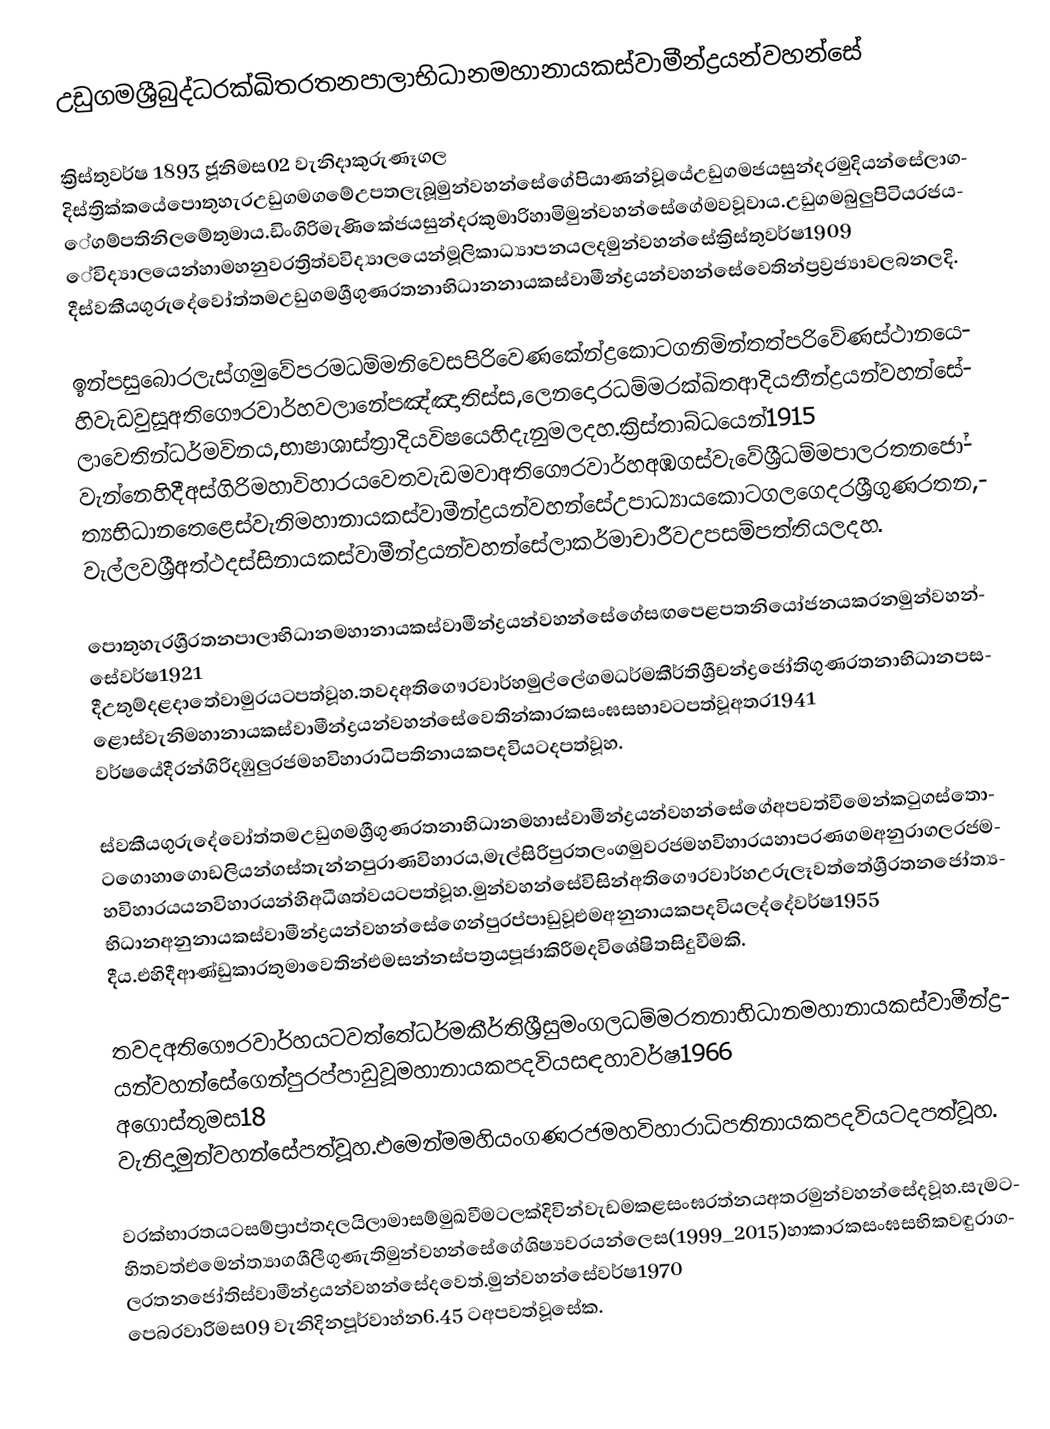
උඩුගමශ්‍රීබුද්ධරක්ඛිතරතනපාලාභිධානමහානායකස්වාමීන්ද්‍රයන්වහන්සේ

          ක්‍රිස්තුවර්ෂ  1893 ජූනිමස02 වැනිදාකුරුණෑගල  දිස්ත්‍රික්කයේපොතුහැරඋඩුගමගමේඋපතලැබූමුන්වහන්සේගේපියාණන්වූයේඋඩුගමජයසුන්දරමුදියන්සේලාගේගම්පතිනිලමේතුමාය.ඩිංගිරිමැණිකේජයසුන්දරකුමාරිහාමිමුන්වහන්සේගේමවවූවාය.උඩුගමබුලුපිටියරජයේවිද්‍යාලයෙන්හාමහනුවරත්‍රිත්වවිද්‍යාලයෙන්මූලිකාධ්‍යාපනයලදමුන්වහන්සේක්‍රිස්තුවර්ෂ1909 දීස්වකීයගුරුදේවෝත්තමඋඩුගමශ්‍රීගුණරතනාභිධානනායකස්වාමීන්ද්‍රයන්වහන්සේවෙතින්ප්‍රව්‍රජ්‍යාවලබනලදි.

                      ඉන්පසුබොරලැස්ගමුවේපරමධම්මනිවෙසපිරිවෙණකේන්ද්‍රකොටගනිමින්තත්පරිවේණස්ථානයෙහිවැඩවුසූඅතිගෞරවාර්හවලානේපඤ්ඤාතිස්ස,ලෙනදොරධම්මරක්ඛිතආදියතීන්ද්‍රයන්වහන්සේලාවෙතින්ධර්මවිනය,භාෂාශාස්ත්‍රාදියවිෂයෙහිදැනුමලදහ.ක්‍රිස්තාබ්ධයෙන්1915 වැන්නෙහිදීඅස්ගිරිමහාවිහාරයවෙතවැඩමවාඅතිගෞරවාර්හඅඹගස්වැවේශ්‍රීධම්මපාලරතනජෝත්‍යභිධානතෙළෙස්වැනිමහානායකස්වාමීන්ද්‍රයන්වහන්සේඋපාධ්‍යායකොටගලගෙදරශ්‍රීගුණරතන,වැල්ලවශ්‍රීඅත්ථදස්සිනායකස්වාමීන්ද්‍රයන්වහන්සේලාකර්මාචාරීවඋපසම්පත්තියලදහ.

    පොතුහැරශ්‍රීරතනපාලාභිධානමහානායකස්වාමීන්ද්‍රයන්වහන්සේගේසඟපෙළපතනියෝජනයකරනමුන්වහන්සේවර්ෂ1921 දීඋතුම්දළදාතේවාමුරයටපත්වූහ.තවදඅතිගෞරවාර්හමුල්ලේගමධර්මකීර්තිශ්‍රීචන්ද්‍රජෝතිගුණරතනාභිධානපසළොස්වැනිමහානායකස්වාමීන්ද්‍රයන්වහන්සේවෙතින්කාරකසංඝසභාවටපත්වූඅතර1941 වර්ෂයේදීරන්ගිරිදඹුලුරජමහවිහාරාධිපතිනායකපදවියටදපත්වූහ.

        ස්වකීයගුරුදේවෝත්තමඋඩුගමශ්‍රීගුණරතනාභිධානමහාස්වාමීන්ද්‍රයන්වහන්සේගේඅපවත්වීමෙන්කටුගස්තොටගොහාගොඩලියන්ගස්තැන්නපුරාණවිහාරය,මැල්සිරිපුරතලංගමුවරජමහවිහාරයහාපරණගමඅනුරාගලරජමහවිහාරයයනවිහාරයන්හිඅධීශත්වයටපත්වූහ.මුන්වහන්සේවිසින්අතිගෞරවාර්හඋරුලෑවත්තේශ්‍රීරතනජෝත්‍යභිධානඅනුනායකස්වාමීන්ද්‍රයන්වහන්සේගෙන්පුරප්පාඩුවූඑමඅනුනායකපදවියලද්දේවර්ෂ1955 දීය.එහිදීආණ්ඩුකාරතුමාවෙතින්එමසන්නස්පත්‍රයපූජාකිරීමදවිශේෂිතසිදුවීමකි.

    තවදඅතිගෞරවාර්හයටවත්තේධර්මකීර්තිශ්‍රීසුමංගලධම්මරතනාභිධානමහානායකස්වාමීන්ද්‍රයන්වහන්සේගෙන්පුරප්පාඩුවූමහානායකපදවියසඳහාවර්ෂ1966 අගොස්තුමස18 වැනිදාමුන්වහන්සේපත්වූහ.එමෙන්මමහියංගණරජමහවිහාරාධිපතිනායකපදවියටදපත්වූහ.

    වරක්භාරතයටසම්ප්‍රාප්තදලයිලාමාසම්මුඛවීමටලක්දිවින්වැඩමකළසංඝරත්නයඅතරමුන්වහන්සේදවූහ.සැමටහිතවත්එමෙන්ත්‍යාගශීලීගුණැතිමුන්වහන්සේගේශිෂ්‍යවරයන්ලෙස(1999_2015)හාකාරකසංඝසභිකවඳුරාගලරතනජෝතිස්වාමීන්ද්‍රයන්වහන්සේදවෙත්.මුන්වහන්සේවර්ෂ1970 පෙබරවාරිමස09 වැනිදිනපූර්වාහ්න6.45 ටඅපවත්වූසේක.